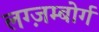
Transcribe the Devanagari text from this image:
लग्ज़म्बोर्ग